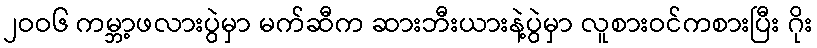
၂ဝဝ၆ ကမ္ဘာ့ဖလားပွဲမှာ မက်ဆီက ဆားဘီးယားနဲ့ပွဲမှာ လူစားဝင်ကစားပြီး ဂိုး